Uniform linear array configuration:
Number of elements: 16
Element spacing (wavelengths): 0.25
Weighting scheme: uniform
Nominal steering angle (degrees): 0
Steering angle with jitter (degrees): -1.059
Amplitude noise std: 0.05
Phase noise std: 0.05

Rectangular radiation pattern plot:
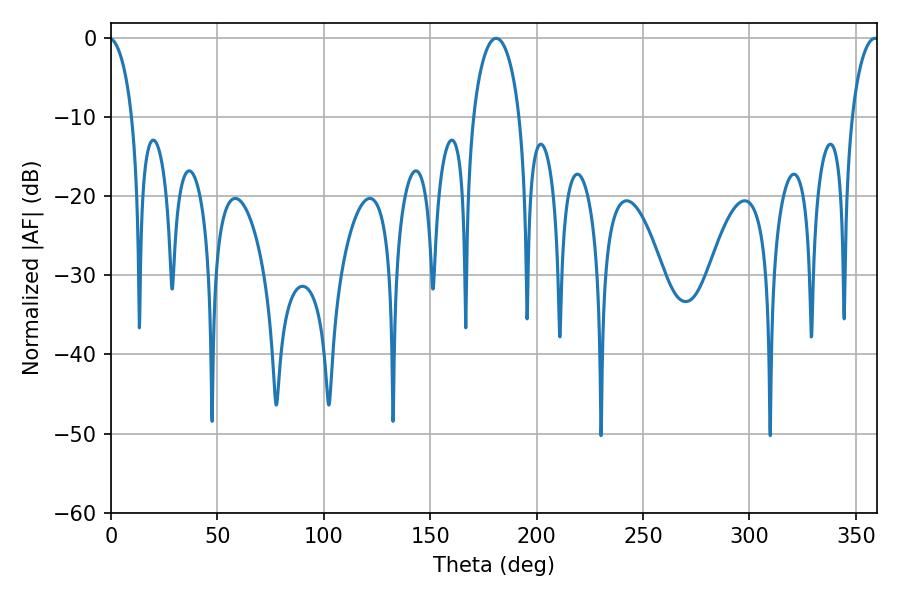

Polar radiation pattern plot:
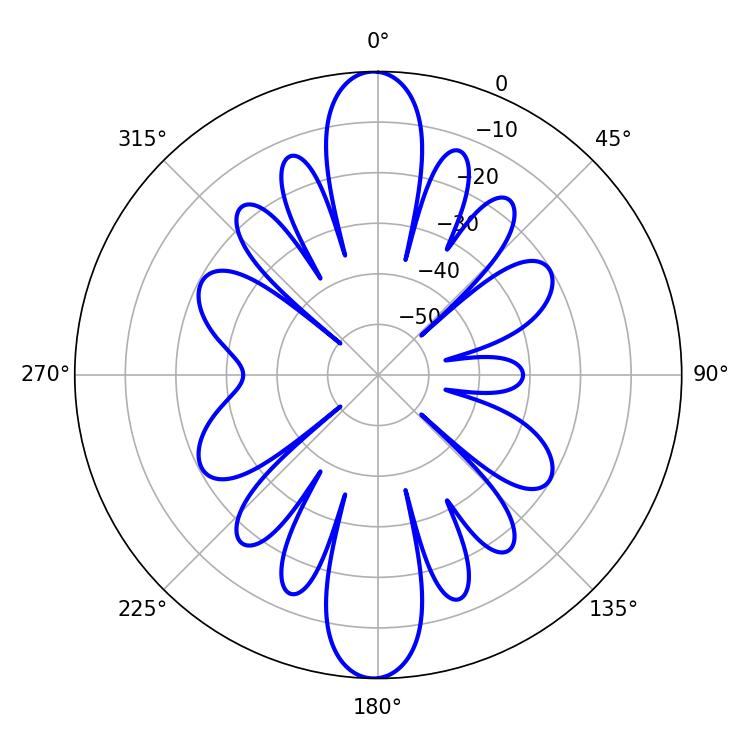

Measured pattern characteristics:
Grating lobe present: FALSE
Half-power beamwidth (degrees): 12.42
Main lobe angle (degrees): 180.9